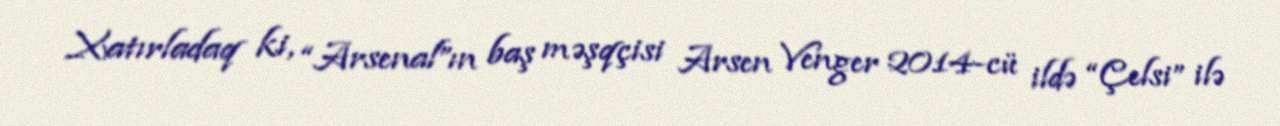
Xatırladaq ki, “Arsenal”ın baş məşqçisi Arsen Venger 2014-cü ildə “Çelsi” ilə